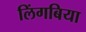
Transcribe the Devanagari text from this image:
लिंगबिया